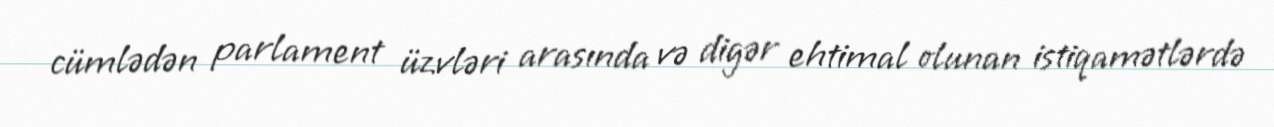
cümlədən parlament üzvləri arasında və digər ehtimal olunan istiqamətlərdə